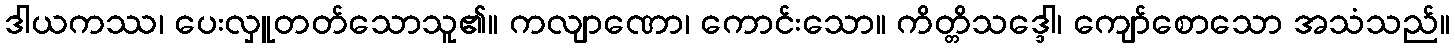
ဒါယကဿ၊ ပေးလှူတတ်သောသူ၏။ ကလျာဏော၊ ကောင်းသော။ ကိတ္တိသဒ္ဒေါ၊ ကျော်စောသော အသံသည်။